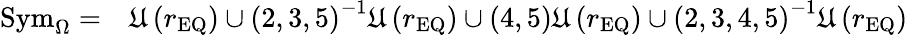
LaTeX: \begin{array}{rl}{\mathrm{Sym}_{\Omega}=}&{{}\mathfrak{U}\left(r_{\mathrm{EQ}}\right)\cup\left(2,3,5\right)^{-1}\mathfrak{U}\left(r_{\mathrm{EQ}}\right)\cup\left(4,5\right)\mathfrak{U}\left(r_{\mathrm{EQ}}\right)\cup\left(2,3,4,5\right)^{-1}\mathfrak{U}\left(r_{\mathrm{EQ}}\right)}\end{array}